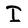
Character: I